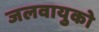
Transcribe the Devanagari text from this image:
जलवायुको